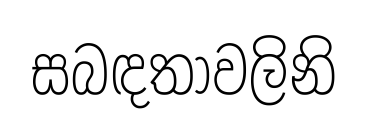
සබඳතාවලිනි